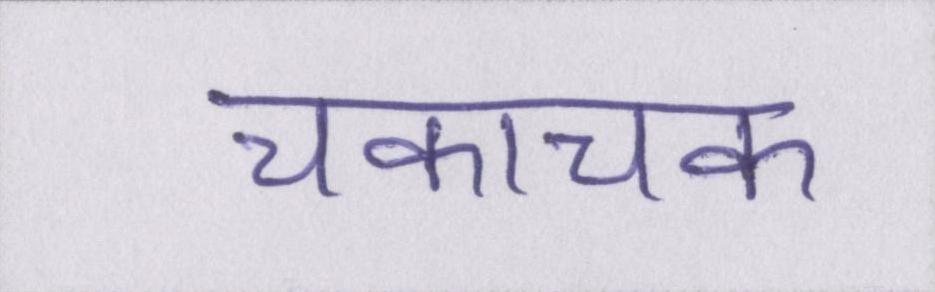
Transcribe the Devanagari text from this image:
चकाचक